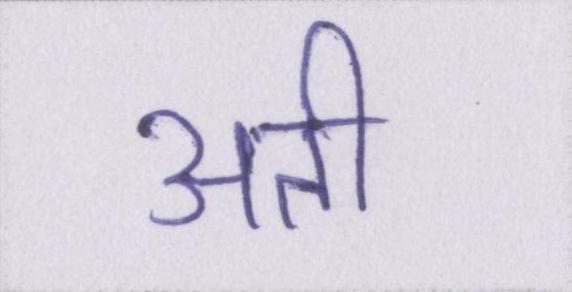
अती